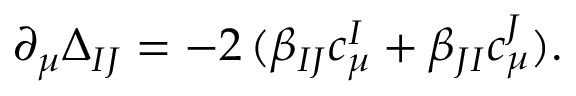
\partial _ { \mu } \Delta _ { I J } = - 2 \, ( \beta _ { I J } c _ { \mu } ^ { I } + \beta _ { J I } c _ { \mu } ^ { J } ) .